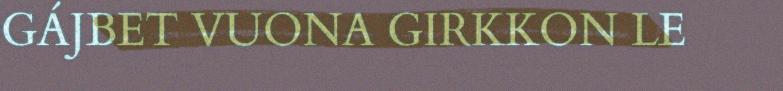
GÁJBET VUONA GIRKKON LE